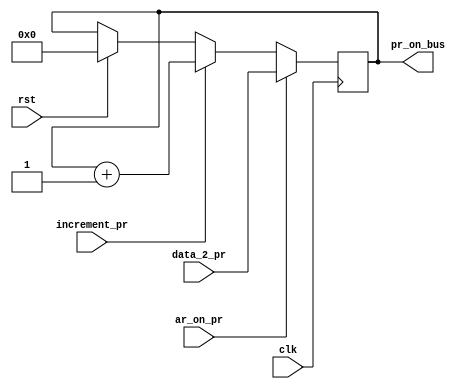
`timescale 1ns / 1ps
//////////////////////////////////////////////////////////////////////////////////
// Company: 
// Engineer: 
// 
// Design Name: 
// Module Name:    PR_reg 
// Project Name: 
// Target Devices: 
// Tool versions: 
// Description: 
//
// Dependencies: 
//
// Revision: 
// Revision 0.01 - File Created
// Additional Comments: 
//
//////////////////////////////////////////////////////////////////////////////////
module PR_reg(clk, rst, ar_on_pr, increment_pr,data_2_pr,pr_on_bus);
	input clk;
	input rst;
	input ar_on_pr,increment_pr;
	input [7:0] data_2_pr;
	output [7:0] pr_on_bus;
	reg [7:0] pr_on_bus;
	
	always @(posedge clk)
	begin
		if(rst)
		begin
			pr_on_bus <= 8'b0;	
		end
					
		if(ar_on_pr)
			begin
				pr_on_bus <= data_2_pr;
			end
			
		else if(increment_pr)
			begin
				pr_on_bus <= pr_on_bus + 1;
			end
		end
	
	endmodule